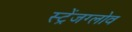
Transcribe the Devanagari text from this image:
स्ट्रेंजग्लोव